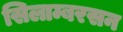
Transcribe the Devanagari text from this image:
सिलाम्बरसन